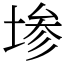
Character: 𫮅